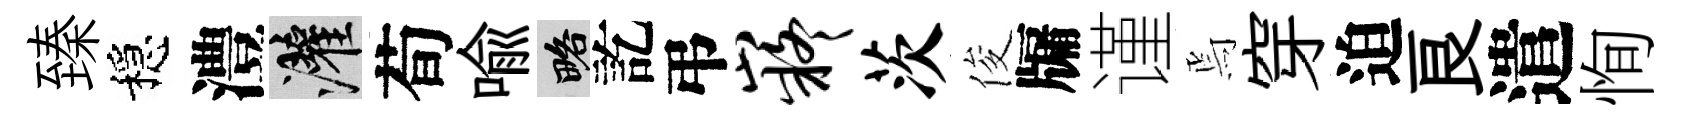
臻穩澧灌荀喩略訖弔嶷茨俊牖谨焉穿迫良遣恂